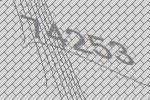
74253